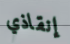
إنقاذي